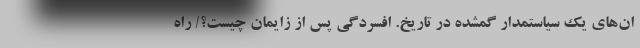
ان‌های یک سیاستمدار گمشده در تاریخ. افسردگی پس از زایمان چیست؟/ راه